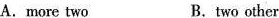
A.more two B.two other